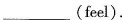
___(feel).